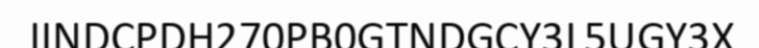
IINDCPDH270PB0GTNDGCY3L5UGY3X